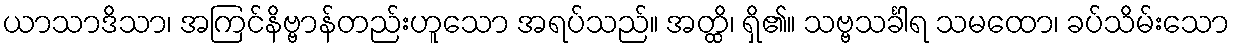
ယာသာဒိသာ၊ အကြင်နိဗ္ဗာန်တည်းဟူသော အရပ်သည်။ အတ္ထိ၊ ရှိ၏။ သဗ္ဗသင်္ခါရ သမထော၊ ခပ်သိမ်းသော